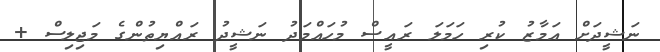
ނަޝީދަށް އަމާޒު ކުރި ހަމަލަ ރައީސް މުހައްމަދު ނަޝީދު ރައްޔިތުންގެ މަޖިލިސް +